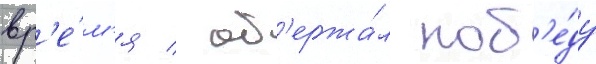
вр'е́м'я / од'ержа́л поб'е́ду